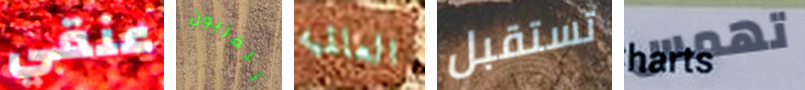
عنقي تلفزيون العالميه تستقبل تهمس